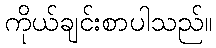
ကိုယ်ချင်းစာပါသည်။